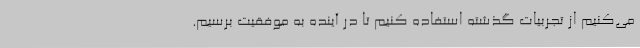
می‌کنیم از تجربیات گذشته استفاده کنیم تا در آینده به موفقیت برسیم.